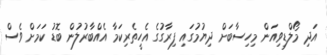
އަދި މޯލްޑިވިއަން މިހިސާބަށް ދިޔުމުގައި ފިރާގުގެ އެހީތެރިކަމާ އެއްބާރުލުން ބޮޑު ކަމަށް ވެސް